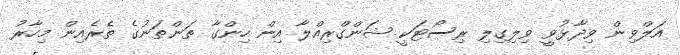
އަލްވިން ވިދާޅުވީ ވިލިގިލި ރިސޯޓަކީ ޝަންގްރިއްލާ އިން ހިންގާ ތަންތަނުގެ ތެރެއިން މިހާރު